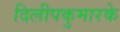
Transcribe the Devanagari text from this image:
दिलीपकुमारके